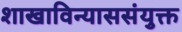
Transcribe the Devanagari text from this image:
शाखाविन्याससंयुक्त